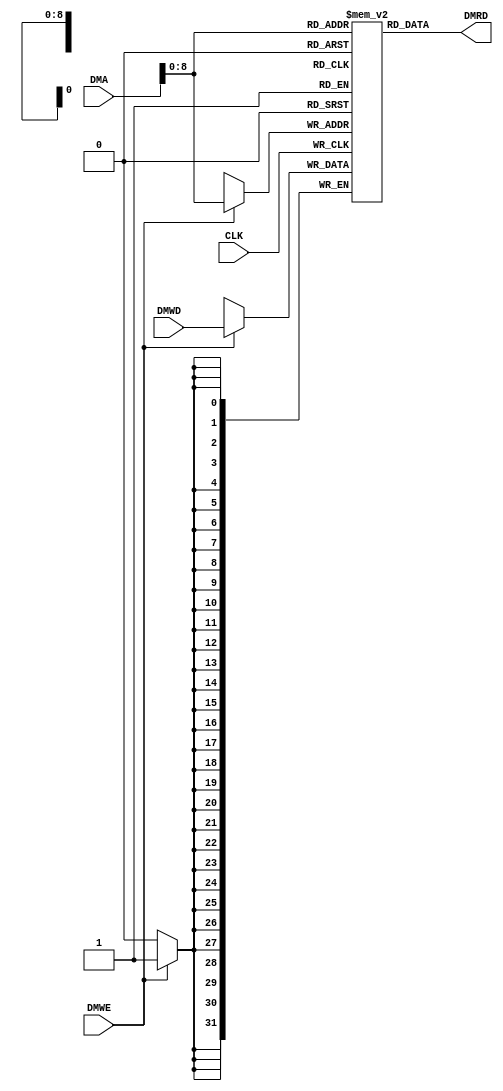
`timescale 1ns / 1ps
//////////////////////////////////////////////////////////////////////////////////
// Company: 
// Engineer: 
// 
// Design Name: 
// Module Name: Data_Mem
// Project Name: 
// Target Devices: 
// Tool Versions: 
// Description: 
// 
// Dependencies: 
// 
// Revision:
// Revision 0.01 - File Created
// Additional Comments:
// 
//////////////////////////////////////////////////////////////////////////////////




/// DATA MEMORY ///
module Data_Mem(
input CLK,DMWE,
input [31 : 0] DMA, DMWD, //DMWD is connected to RFRD2
output [31 : 0] DMRD
);

reg [31 : 0] mem [0 : 399];//32-bit array
//integer i;

initial begin
//for(i = 0; i < 256; i = i + 1) begin
//    mem[i] = 0;
//end
//$readmemb("DM.mem", mem);

    mem[0] = 17;
    mem[1] = 31;
    mem[2] = -5;
    mem[3] = -2;
    mem[4] = 250;
//$writememb("DM.mem",mem);
end

assign DMRD = mem[DMA];

always @(posedge CLK) begin
  if(DMWE == 1'b1) begin
  mem[DMA] = DMWD;//if DMWE is high, it writes data DMWD into address DMA
  //$writememb("DM.mem",mem);
  end

end


endmodule